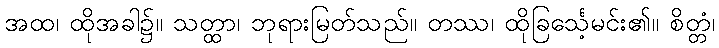
အထ၊ ထိုအခါ၌။ သတ္ထာ၊ ဘုရားမြတ်သည်။ တဿ၊ ထိုခြင်္သေ့မင်း၏။ စိတ္တံ၊